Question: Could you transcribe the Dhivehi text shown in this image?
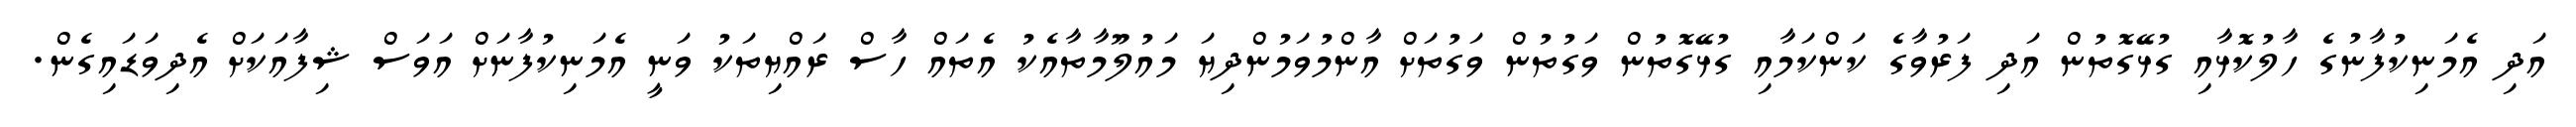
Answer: އަދި އެމަނިކުފާނުގެ ހާލުކޮޅާއި ގުޅޭގޮތުން އަދި ފަރުވާގެ ކަންކަމާއި ގުޅޭގޮތުން ވަގުތުން ވަގުތަށް އާންމުވަމުންދިޔަ މައުލޫމާތާއެކު އެތައް ހާސް ރައްޔިތަކު ވަނީ އެމަނިކުފާނަށް އަވަސް ޝިފާއަކަށް އެދިވަޑައިގެން.